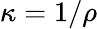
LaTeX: \kappa=1/\rho